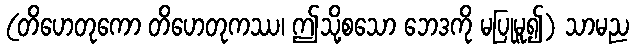
(တိဟေတုကော တိဟေတုကဿ၊ ဤသို့စသော ဘေဒကို မပြုမူ၍) သာမည